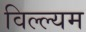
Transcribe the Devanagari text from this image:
विल्ल्यम